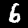
Label: 6